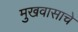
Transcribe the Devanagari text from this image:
मुखवासाचे